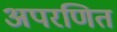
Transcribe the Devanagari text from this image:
अपरणित